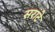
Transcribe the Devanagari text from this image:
सराटे